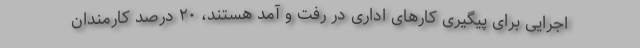
اجرایی برای پیگیری کارهای اداری در رفت و آمد هستند، ۲۰ درصد کارمندان